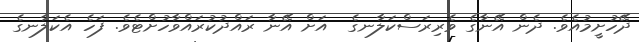
ދޭހުށީމުއެވެ. ދެން އޭނާގެ ވެރިރަސްކަލާނގެ  އަށް އޭނާ ރައްދުކުރައްވާހުށްޓެވެ. ފަހެ އެކަލާނގެ